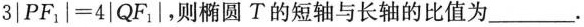
$$3|PF_{1}|=4|QF_{1}|$$，则椭圆T的短轴与长轴的比值为___.